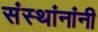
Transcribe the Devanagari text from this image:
संस्थांनांनी